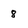
Character: 8